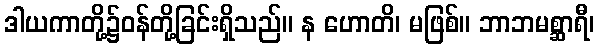
ဒါယကာတို့၌ဝန်တို့ခြင်းရှိသည်။ န ဟောတိ၊ မဖြစ်။ ဘာဘမစ္ဆာရီ၊